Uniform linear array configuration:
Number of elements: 64
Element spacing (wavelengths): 1
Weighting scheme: binomial
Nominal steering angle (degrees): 15
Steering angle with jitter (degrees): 13.65
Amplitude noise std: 0.05
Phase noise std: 0.05

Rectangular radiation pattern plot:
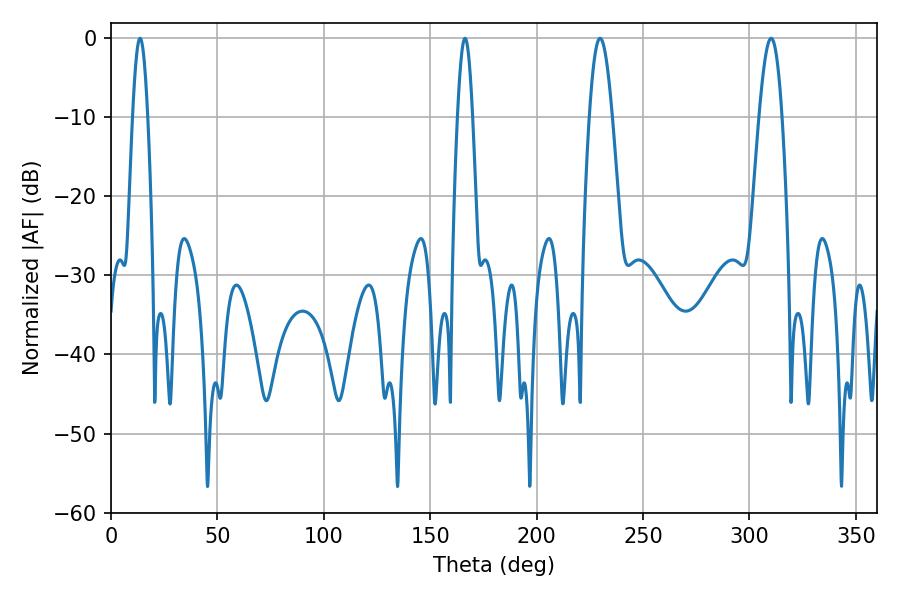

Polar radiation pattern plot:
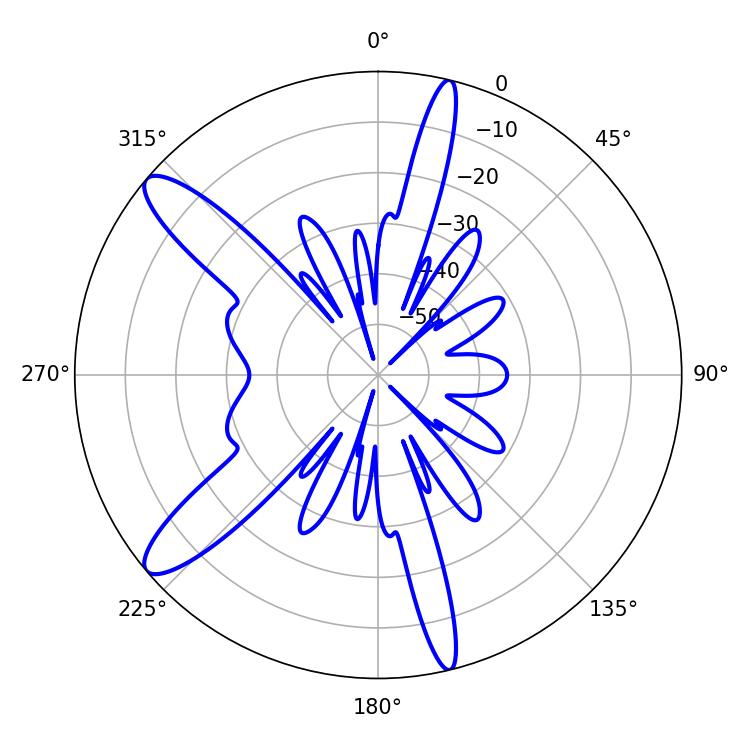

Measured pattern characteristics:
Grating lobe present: TRUE
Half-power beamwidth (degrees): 3.78
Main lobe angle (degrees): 166.32